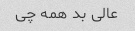
عالی بد همه چی